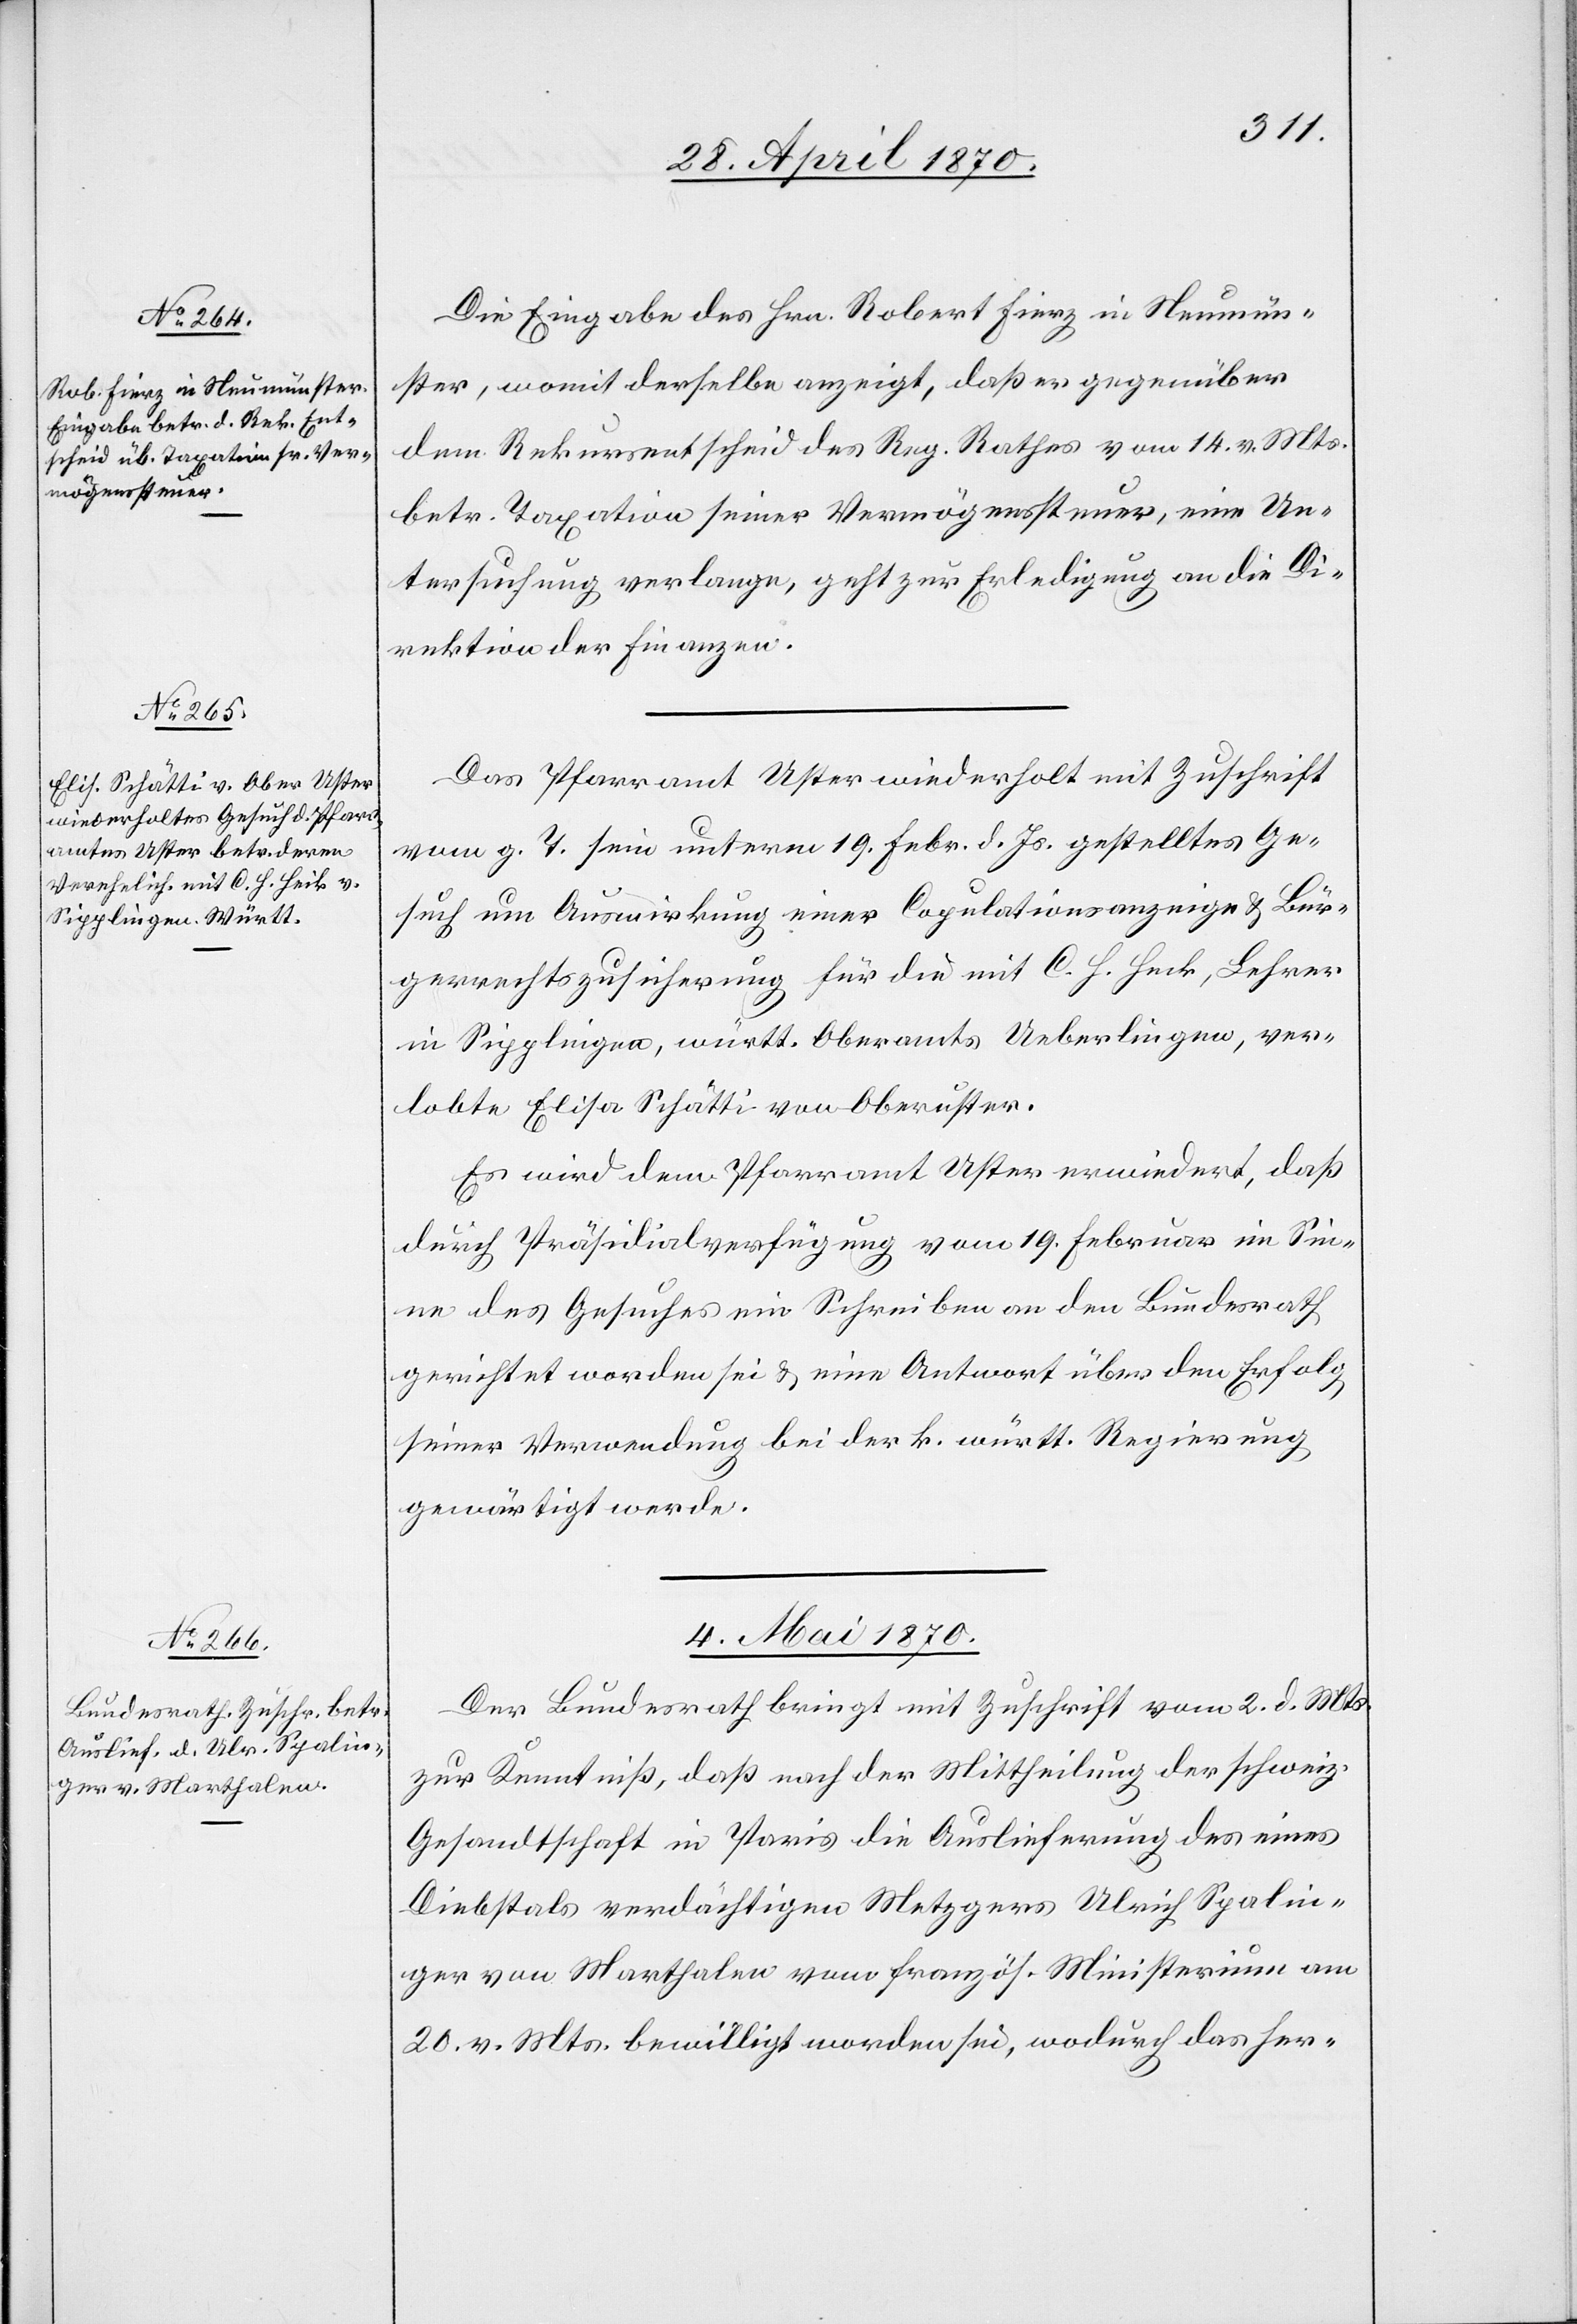
Die Eingabe des Hrn. Robert Fierz in Neumün¬
ster, womit derselbe anzeigt, daß er gegenüber
dem Rekursentscheid des Reg. Rathes vom 14. v. Mts.
betr. Taxation seiner Vermögenssteuer, eine Un¬
tersuchung verlange, geht zur Erledigung an die Di¬
rektion der Finanzen.
Das Pfarramt Uster wiederholt mit Zuschrift
vom g. T. sein unterm 19. Febr. d. Js. gestelltes Ge¬
such um Auswirkung einer Copulationsanzeige & Bür¬
gerrechtszusicherung für die mit C. H. Heck, Lehrer
in Sipplingen, württ. Oberamts Ueberlingen, ver¬
lobte Elisa Schätti von Oberuster.
Es wird dem Pfarramt Uster erwiedert, daß
durch Präsidialverfügung vom 19. Februar im Sin¬
ne des Gesuches ein Schreiben an den Bundesrath
gerichtet worden sei & eine Antwort über den Erfolg
seiner Verwendung bei der k. württ. Regierung
gewärtigt werde.
4. Mai 1870.
Der Bundesrath bringt mit Zuschrift vom 2. d. Mts.
zur Kenntniß, daß nach der Mittheilung der schweiz.
Gesandtschaft in Paris die Auslieferung des eines
Diebstals verdächtigen Metzgers Ulrich Spalin¬
ger von Marthalen vom französ. Ministerium am
20. v. Mts. bewilligt worden sei, wodurch das her-